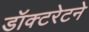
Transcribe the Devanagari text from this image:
डॉक्टरेटने